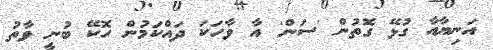
އަނިޔާއާ ގުޅޭ ގޮތުން 'ސަން' އާ ވާހަކަ ދައްކަމުން ހޮކޭ ބުނީ ވާތު